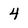
Character: 4